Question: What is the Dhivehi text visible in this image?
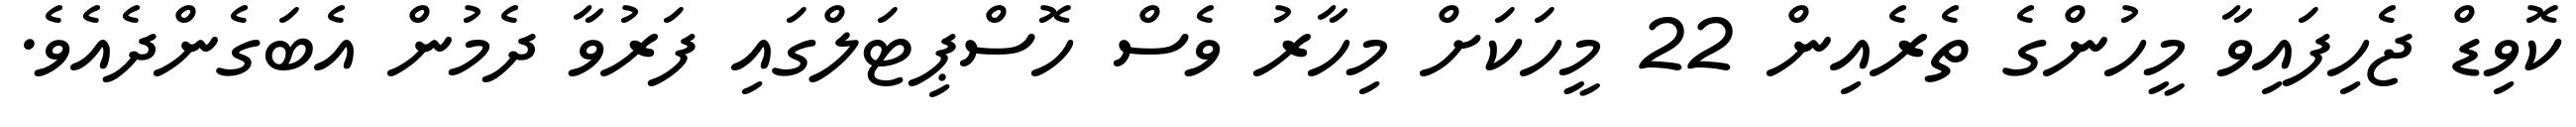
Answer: ކޮވިޑް ޖެހިފައިވާ މީހުންގެ ތެރެއިން 22 މީހަކަށް މިހާރު ވެސް ހޮސްޕިޓަލްގައި ފަރުވާ ދެމުން އެބަގެންދެއެވެ.